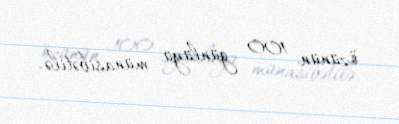
özünün 100 günlüyü münasibətilə.